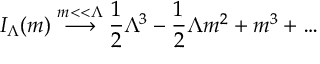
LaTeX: I _ { \Lambda } ( m ) \stackrel { m < < \Lambda } { \longrightarrow } { \frac { 1 } { 2 } } \Lambda ^ { 3 } - { \frac { 1 } { 2 } } \Lambda m ^ { 2 } + m ^ { 3 } + \ldots